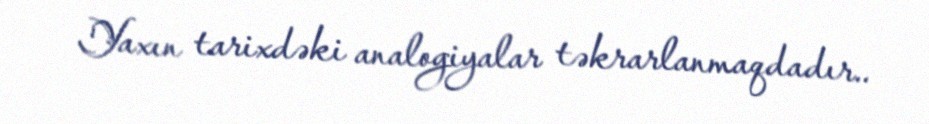
Yaxın tarixdəki analogiyalar təkrarlanmaqdadır..